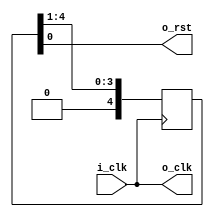
// This program was cloned from: https://github.com/olofk/serv
// License: ISC License

`default_nettype none
module service_clock_gen
  (
   input wire  i_clk,
   output wire o_clk,
   output wire o_rst);

   parameter [79:0] PLL = "NONE";

   generate
      if ((PLL == "ICE40_CORE") || (PLL == "ICE40_PAD")) begin
	 ice40_pll #(.PLL (PLL)) pll
	   (.i_clk (i_clk),
	    .o_clk (o_clk),
	    .o_rst (o_rst));
      end else begin
	 assign o_clk = i_clk;

	 reg [4:0] rst_reg = 5'b11111;

	 always @(posedge o_clk)
	   rst_reg <= {1'b0, rst_reg[4:1]};
	 assign o_rst = rst_reg[0];
      end
   endgenerate
endmodule